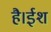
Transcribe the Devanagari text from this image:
है।ईश